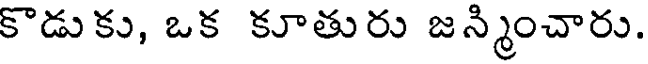
కొడుకు, ఒక కూతురు జన్మించారు.